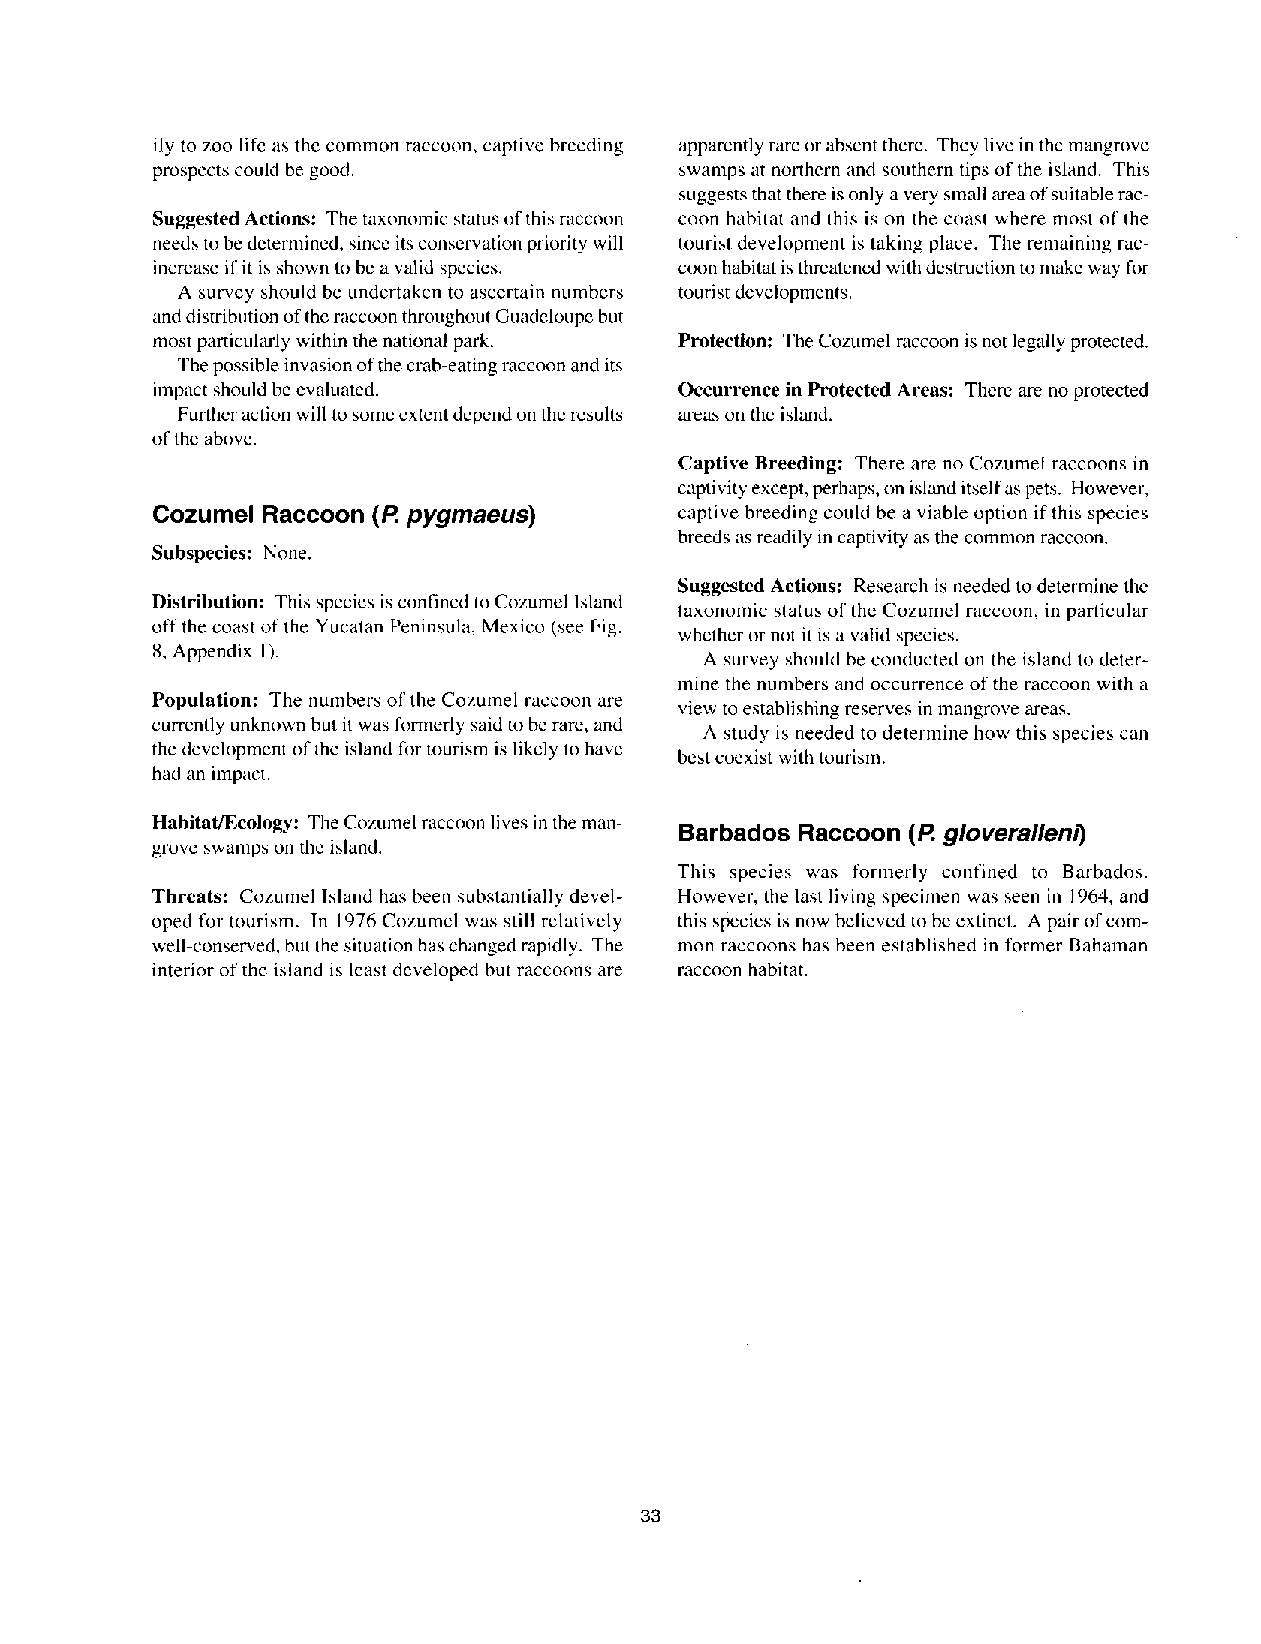
ily to zoo life as the common raccoon, captive breeding apparently rare or absent there. They live in the mangrove
 prospects could be good.           swamps at northern and southern tips of the island. This
 suggests that there is only a very small area of suitable rac-
 Suggested Actions: The taxonomic status of this raccoon coon habitat and this is on the coast where most of the
 needs to be determined, since its conservation priority will tourist development is taking place. The remaining rac-
 increase if it is shown to be a valid species. coon habitat is threatened with destruction to make way for
 A survey should be undertaken to ascertain numbers tourist developments.
 and distribution of the raccoon throughout Guadeloupe but
 most particularly within the national park. Protection: The Cozumel raccoon is not legally protected.
 The possible invasion of the crab-eating raccoon and its
 impact should be evaluated.        Occurrence in Protected Areas: There are no protected
 Further action will to some extent depend on the results areas on the island.
 of the above.
 Captive Breeding: There are no Cozumel raccoons in
 captivity except, perhaps, on island itself as pets. However,
 Cozumel Raccoon (I? pygmaeus)      captive breeding could be a viable option if this species
 breeds as readily in captivity as the common raccoon.
 Subspecies: None.
 Suggested Actions: Research is needed to determine the
 Distribution: This species is confined to Cozumel Island
 taxonomic status of the Cozumel raccoon, in particular
 off the coast of the Yucatan Peninsula, Mexico (see Fig.
 whether or not it is a valid species.
 8, Appendix 1).
 A survey should be conducted on the island to deter-
 mine the numbers and occurrence of the raccoon with a
 Population: The numbers of the Cozumel raccoon are
 view to establishing reserves in mangrove areas.
 currently unknown but it was formerly said to be rare, and
 A study is needed to determine how this species can
 the development of the island for tourism is likely to have
 best coexist with tourism.
 had an impact.
 Habitat/Ecology: The Cozumel raccoon lives in the man-
 Barbados Raccoon (/? gloveralleni)
 grove swamps on the island.
 This species was formerly confined to Barbados.
 Threats: Cozumel Island has been substantially devel- However, the last living specimen was seen in 1964, and
 oped for tourism. In 1976 Cozumel was still relatively this species is now believed to be extinct. A pair of com-
 well-conserved, but the situation has changed rapidly. The mon raccoons has been established in former Bahaman
 interior of the island is least developed but raccoons are raccoon habitat.
 33